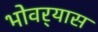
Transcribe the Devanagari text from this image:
भोवर्‍यास